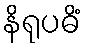
နိရုပဓိံ